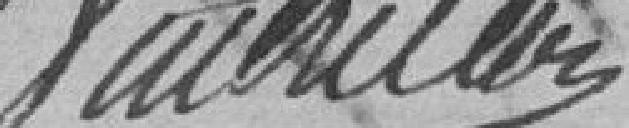
Vaubriller